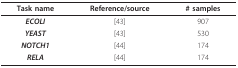
<table><thead><tr><td><b>Task name</b></td><td><b>Reference/source</b></td><td><b># samples</b></td></tr></thead><tbody><tr><td><b><i>ECOLI</i></b></td><td>[43]</td><td>907</td></tr><tr><td><b><i>YEAST</i></b></td><td>[43]</td><td>530</td></tr><tr><td><b><i>NOTCH1</i></b></td><td>[44]</td><td>174</td></tr><tr><td><b><i>RELA</i></b></td><td>[44]</td><td>174</td></tr></tbody></table>